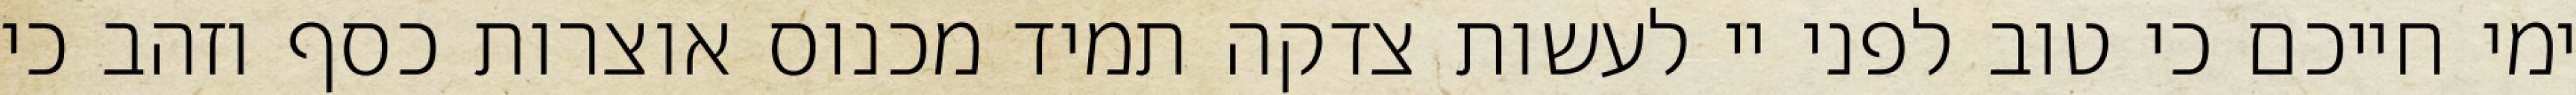
ימי חייכם כי טוב לפני יי לעשות צדקה תמיד מכנוס אוצרות כסף וזהב כי